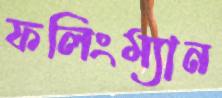
ফলিংম্যান